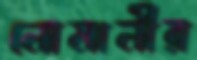
নোমানীর